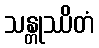
သန္တုဿိတံ